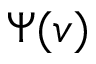
\Psi ( v )